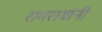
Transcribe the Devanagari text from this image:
रामरायांनी